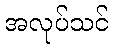
အလုပ်သင်